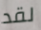
لقد